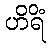
ဟိရိံ